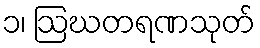
၁၊ ဩဃတရဏသုတ်